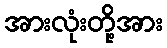
အားလုံးတို့အား